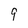
Character: 9